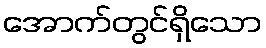
အောက်တွင်ရှိသော